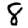
Digit: 8